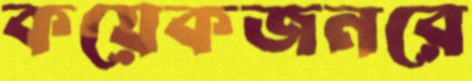
কয়েকজনরে